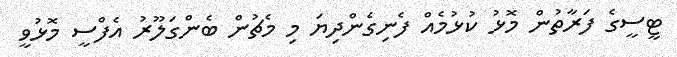
ޓީސީގެ ފަރާތުން މޮޅު ކުޅުމެއް ފެނިގެންދިޔަ މި މެޗުން ބެންގަލޫރު އެފްސީ މޮޅުވީ